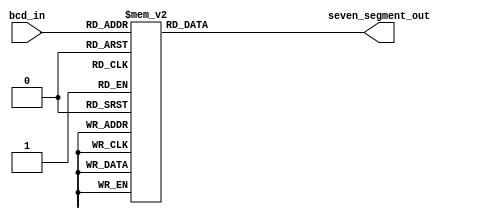
module bcd_7segmentVlog(
    input [3:0] bcd_in,
    output reg [6:0] seven_segment_out
);

// Combinational logic block for updating the output.
always @* begin
    seven_segment_out = decode_bcd_to_7segment(bcd_in);
end

// Function to convert BCD to 7-segment pattern
function [6:0] decode_bcd_to_7segment(input [3:0] bcd);
    begin
        case (bcd)
            4'b0000: decode_bcd_to_7segment = ~7'b0111111; // 0
            4'b0001: decode_bcd_to_7segment = ~7'b0000110; // 1
            4'b0010: decode_bcd_to_7segment = ~7'b1011011; // 2
            4'b0011: decode_bcd_to_7segment = ~7'b1001111; // 3
            4'b0100: decode_bcd_to_7segment = ~7'b1100110; // 4
            4'b0101: decode_bcd_to_7segment = ~7'b1101101; // 5
            4'b0110: decode_bcd_to_7segment = ~7'b1111101; // 6
            4'b0111: decode_bcd_to_7segment = ~7'b0000111; // 7
            4'b1000: decode_bcd_to_7segment = ~7'b1111111; // 8
            4'b1001: decode_bcd_to_7segment = ~7'b1101111; // 9
            default: decode_bcd_to_7segment = ~7'b1111111; // Default case if none of the above match
        endcase
    end
endfunction

endmodule